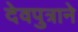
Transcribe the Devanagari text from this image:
देवपुत्राने